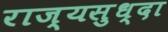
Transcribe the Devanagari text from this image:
राज्यसुध्दा